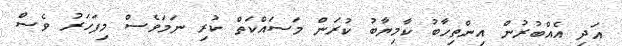
އަދި އެއްބުރުން އިންތިހާބު ކާމިޔާބު ކުރަން މަސައްކަތް ކުރި ނަމަވެސް މިފަހަރު ވެސް